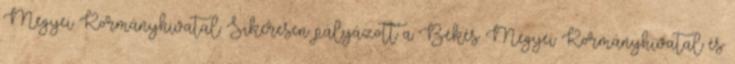
Megyei Kormányhivatal Sikeresen pályázott a Békés Megyei Kormányhivatal és